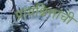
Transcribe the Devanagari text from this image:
प्रायश्चित्तांची